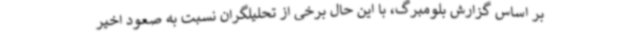
بر اساس گزارش بلومبرگ، با این حال برخی از تحلیلگران نسبت به صعود اخیر